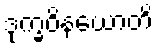
ဒုက္ခဝိနယောတိ